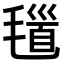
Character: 𣯐